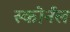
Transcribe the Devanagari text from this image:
स्कोर्नल